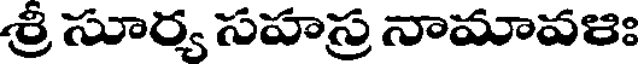
శ్రీ సూర్య సహస్ర నామావళః